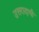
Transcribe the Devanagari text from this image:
उत्तरादायी